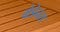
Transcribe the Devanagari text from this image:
ग्रेडेनस